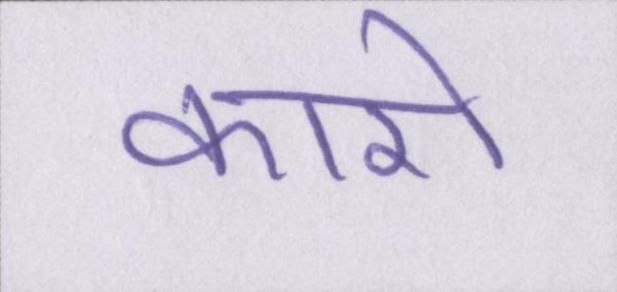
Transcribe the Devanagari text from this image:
कारो